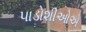
પાડોશીઓએ